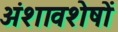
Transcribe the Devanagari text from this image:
अंशावशेषों